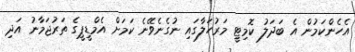
އެހެންކަމުން އެ ބަދަލު ކޮމިޓީ މަރުހަލާގައި ނުގެނެވޭނެ ކަމަށް އެމްޑީޕީގެ ތަރުޖަމާނު އަދި